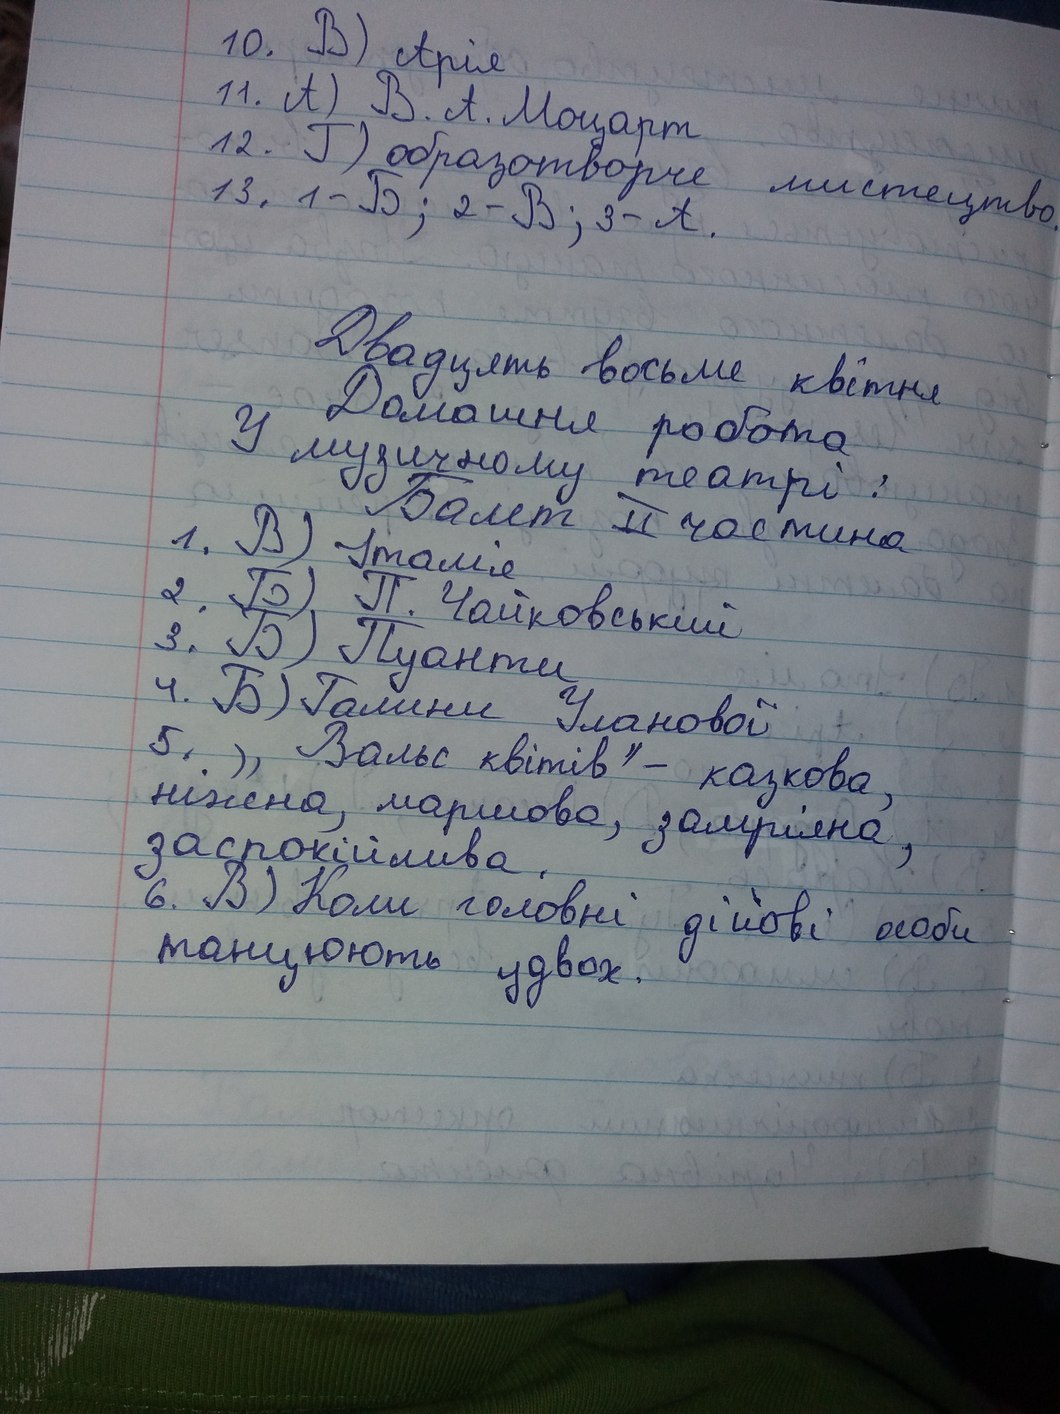
10. B) Арія
11. А) В. А. Моцарт
12. Г) образотворче мистецтво
13. 1 - Б; 2 - В; 3 - А.
Двадцять восьме квітня
Домашня робота
У музичному театрі:
Балет ІІ частина
1. В) Італія
2. Б) П. Чайковський
3. Б) Пуанти
4. Б) Галини Уланової
5. "Вальс квітів" - казкова,
ніжна, маршова, замріяна,
заспокійлива,
6. В) Коли головні дійові особи
танцюють удвох.